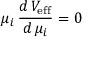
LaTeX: \mu _ { i } \, \frac { d \, V _ { \mathrm { e f f } } } { d \, \mu _ { i } } = 0